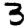
Digit: 3